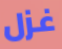
غزل